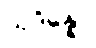
သုဒိန္နော